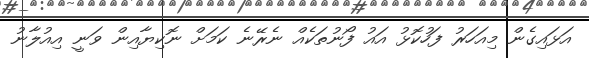
އަޅައިގެން މިއަހަރު ފަހުކޮޅު އައު ފޯނުތަކެއް ނެރޭނެ ކަމަށް ނޮކިޔާއިން ވަނީ އިއުލާނު